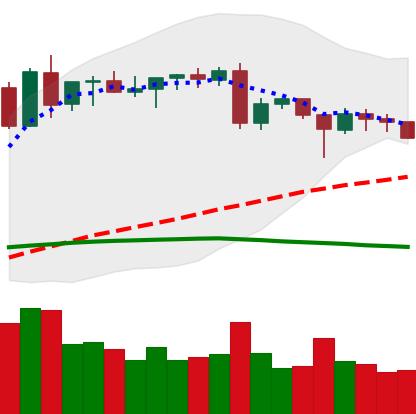
Ticker: ETH-USD
Chart end date: 2020-06-19
Forward return: 3.801%
Label: up_3_5